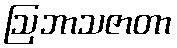
ဩဘာသဇာတာ